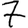
Digit: 7